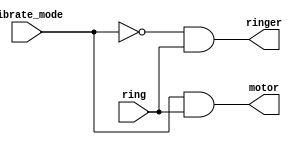
/* Suppose you are designing a circuit to control a cellphone's ringer and vibration motor. 
Whenever the phone needs to ring from an incoming call (input ring), 
your circuit must either turn on the ringer (output ringer = 1) or the motor (output motor = 1), but not both. 
If the phone is in vibrate mode (input vibrate_mode = 1), turn on the motor. 
Otherwise, turn on the ringer. */

module top_module (
    input ring,
    input vibrate_mode,
    output ringer,       // Make sound
    output motor         // Vibrate
);       
    assign ringer=(~vibrate_mode)&ring;
    assign motor=vibrate_mode&ring;

endmodule